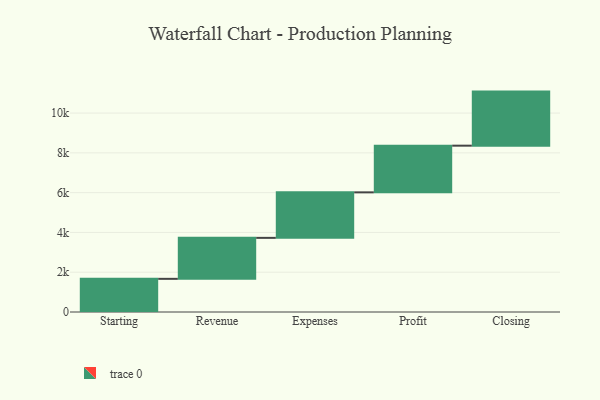
{"axis": {"x": "Step", "y": "Value"}, "legend": [""], "data": [{"x": "Starting", "y": 1667.0, "type": ""}, {"x": "Revenue", "y": 2060.0, "type": ""}, {"x": "Expenses", "y": 2288.0, "type": ""}, {"x": "Profit", "y": 2347.0, "type": ""}, {"x": "Closing", "y": 2718.0, "type": ""}]}